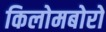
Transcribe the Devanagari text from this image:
किलोमबोरो